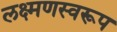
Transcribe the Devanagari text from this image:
लक्ष्मणस्वरूप